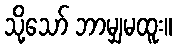
သို့သော် ဘာမျှမထူး။